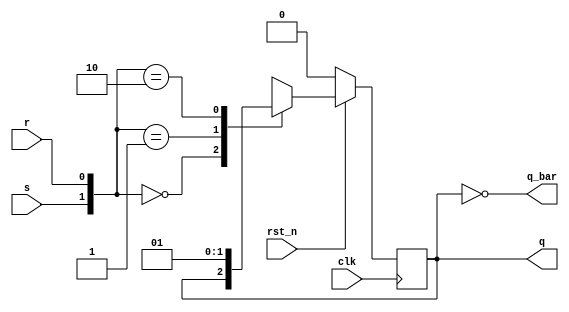
`timescale 1ns / 1ps
//////////////////////////////////////////////////////////////////////////////////
// Company: 
// Engineer: 
// 
// Design Name: 
// Module Name: SR_flipflop
// Project Name: 
// Target Devices: 
// Tool Versions: 
// Description: 
// 
// Dependencies: 
// 
// Revision:
// Revision 0.01 - File Created
// Additional Comments:
// 
//////////////////////////////////////////////////////////////////////////////////


module SR_flipflop (
  input clk, rst_n,
  input s,r,
  output reg q,
  output q_bar
  );
  
 
  always@(posedge clk) begin
    if(!rst_n) q <= 0;
    else begin
      case({s,r})
        2'b00: q <= q;    
        2'b01: q <= 1'b0; 
        2'b10: q <= 1'b1; 
        2'b11: q <= 1'bx; 
      endcase
    end
  end
  assign q_bar = ~q;
endmodule